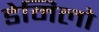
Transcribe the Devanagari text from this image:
डेमिलो